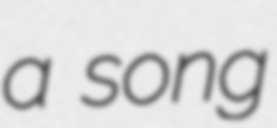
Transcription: a song